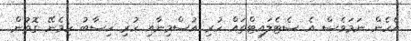
އެހެން ނަމަވެސް އެ ސެޓެލައިޓްތައް ހުރި އުސްމިނާއި ހުރި ހިސާބު ހިމެނޭ ގޮތުން